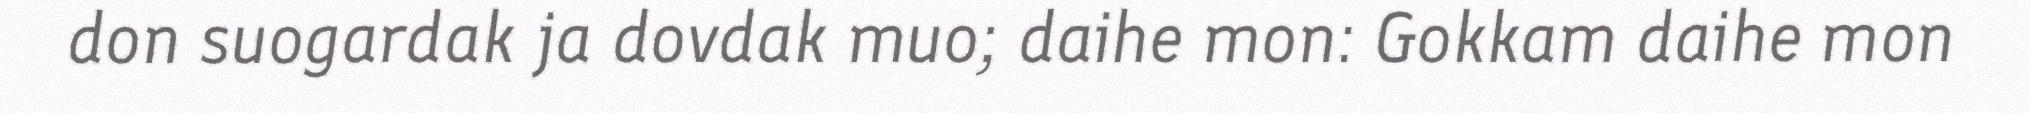
don suogardak ja dovdak muo; daihe mon: Gokkam daihe mon